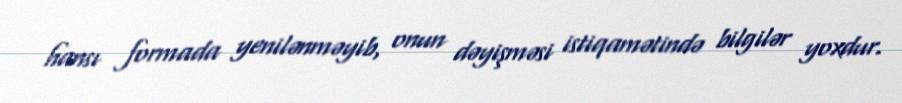
hansı formada yenilənməyib, onun dəyişməsi istiqamətində bilgilər yoxdur.